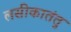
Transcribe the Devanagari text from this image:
लसीकातंतु